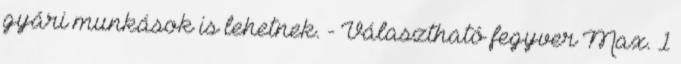
gyári munkások is lehetnek. - Választható fegyver Max. 1